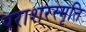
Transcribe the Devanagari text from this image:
पराशरस्मृति